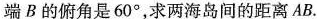
端B的俯角是60^{\circ}，求两海岛间的距离AB.